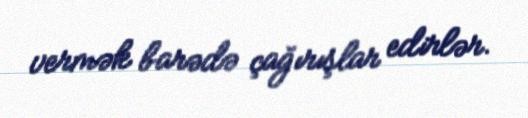
vermək barədə çağırışlar edirlər.